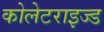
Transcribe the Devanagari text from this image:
कोलेटराइज्ड